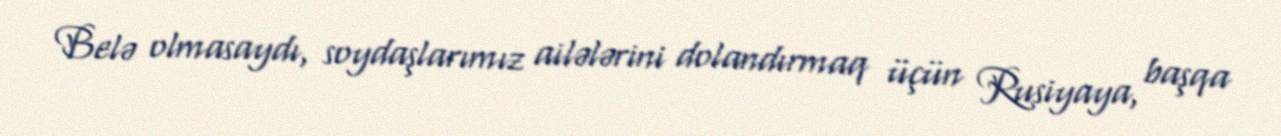
Belə olmasaydı, soydaşlarımız ailələrini dolandırmaq üçün Rusiyaya, başqa